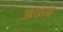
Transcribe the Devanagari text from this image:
अळंबे